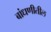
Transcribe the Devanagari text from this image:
बांधणीतील